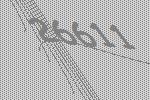
26611